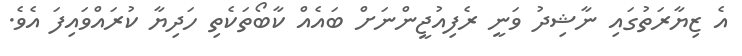
އެ ޒިޔާރަތުގައި ނާޝިދު ވަނީ ރެފިއުޖީންނަށް ބައެއް ކާބޯތަކެތި ހަދިޔާ ކުރައްވައިފަ އެވެ.